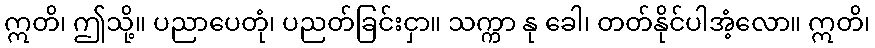
ဣတိ၊ ဤသို့။ ပညာပေတုံ၊ ပညတ်ခြင်းငှာ။ သက္ကာ နု ခေါ၊ တတ်နိုင်ပါအံ့လော။ ဣတိ၊